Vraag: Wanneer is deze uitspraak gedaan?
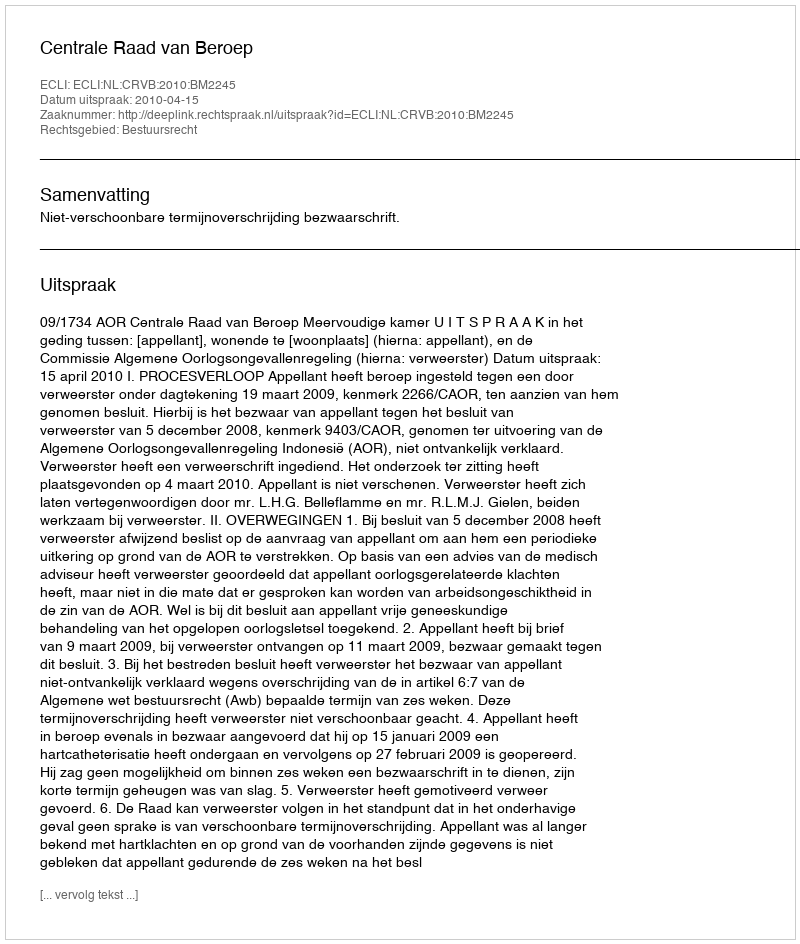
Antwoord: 2010-04-15